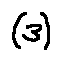
( 3 )